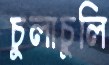
চুলাচুলি